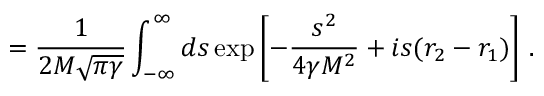
= \frac { 1 } { 2 M \sqrt { \pi \gamma } } \int _ { - \infty } ^ { \infty } d s \exp \left[ - \frac { s ^ { 2 } } { 4 \gamma M ^ { 2 } } + i s ( r _ { 2 } - r _ { 1 } ) \right] \, .